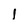
Character: l